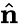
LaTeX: \hat{\mathbf n}